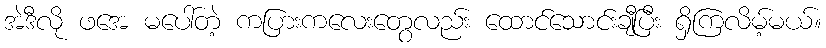
အဲဒီလို ဖအေ မပေါ်တဲ့ ကပြားကလေးတွေလည်း ထောင်သောင်းချီပြီး ရှိကြလိမ့်မယ်။